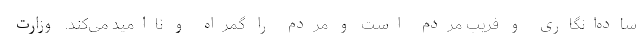
ساده‌انگاری و فریب مردم است و مردم را گمراه و ناامید می‌کند. وزارت